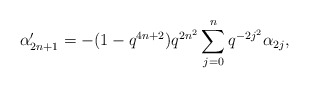
\begin{align*} \alpha'_{2n+1} = -(1-q^{4n+2})q^{2n^2}\sum_{j=0}^{n}q^{-2j^2}\alpha_{2j},\end{align*}